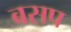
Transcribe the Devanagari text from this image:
बसप